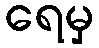
ရေမှ